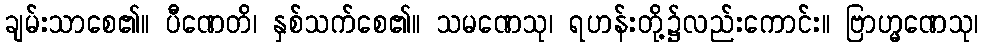
ချမ်းသာစေ၏။ ပီဏေတိ၊ နှစ်သက်စေ၏။ သမဏေသု၊ ရဟန်းတို့၌လည်းကောင်း။ ဗြာဟ္မဏေသု၊